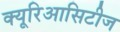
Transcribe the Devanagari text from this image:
क्यूरिआसिटीज